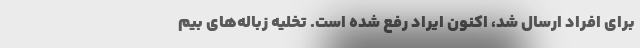
برای افراد ارسال شد، اکنون ایراد رفع شده است. تخلیه زباله‌های بیم